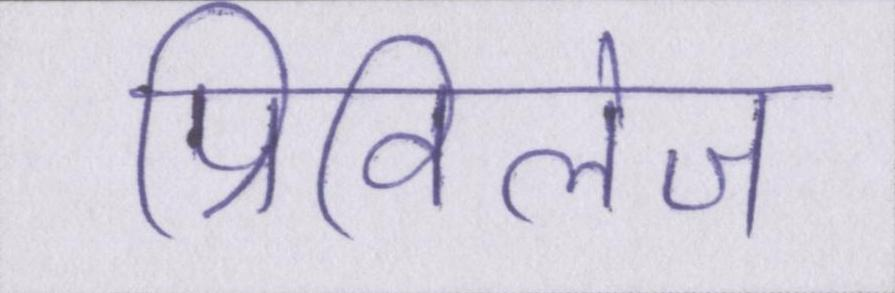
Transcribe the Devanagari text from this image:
प्रिविलेज